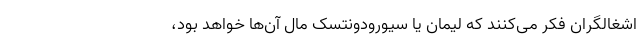
اشغالگران فکر می‌کنند که لیمان یا سیورودونتسک مال آن‌ها خواهد بود،